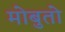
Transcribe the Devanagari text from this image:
मोबुतो